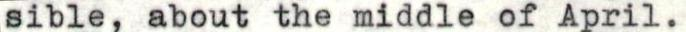
sible, about the middle of April.